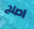
اصلح